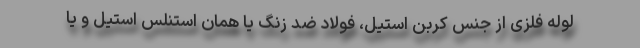
لوله فلزی از جنس کربن استیل، فولاد ضد زنگ یا همان استنلس استیل و یا